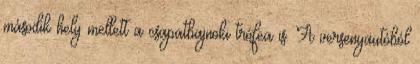
második hely mellett a csapatbajnoki trófea is. A versenyautóból